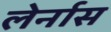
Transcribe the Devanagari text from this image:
लेर्नास